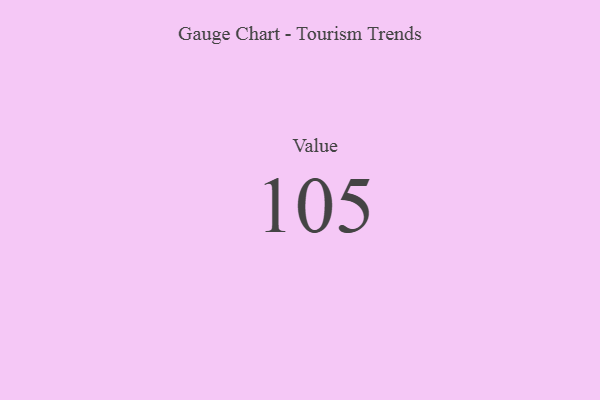
{"axis": {"x": "Metric", "y": "Value"}, "legend": [""], "data": [{"x": "Value", "y": 105, "type": ""}]}